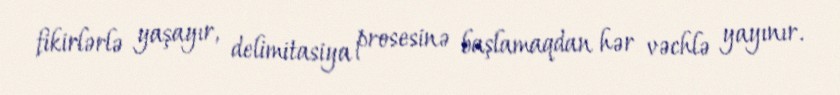
fikirlərlə yaşayır, delimitasiya prosesinə başlamaqdan hər vəchlə yayınır.